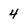
Character: 4